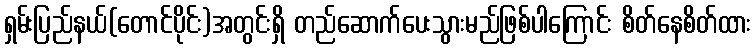
ရှမ်းပြည်နယ်(တောင်ပိုင်း)အတွင်းရှိ တည်ဆောက်ပေးသွားမည်ဖြစ်ပါကြောင်း စိတ်နေစိတ်ထား